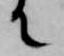
て